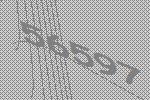
56597